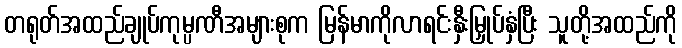
တရုတ်အထည်ချုပ်ကုမ္ပဏီအများစုက မြန်မာကိုလာရင်းနှီးမြှုပ်နှံပြီး သူတို့အထည်ကို